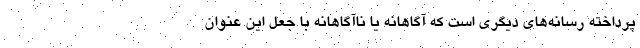
پرداخته رسانه‌های دیگری است که آگاهانه یا ناآگاهانه با جعل این عنوان